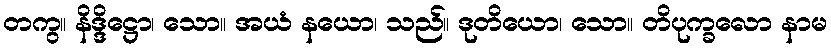
တကွ။ နိဒ္ဒိဋ္ဌော၊ သော။ အယံ နယော၊ သည်။ ဒုတိယော၊ သော။ တိပုက္ခလော နာမ